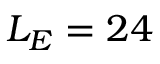
L _ { E } = 2 4